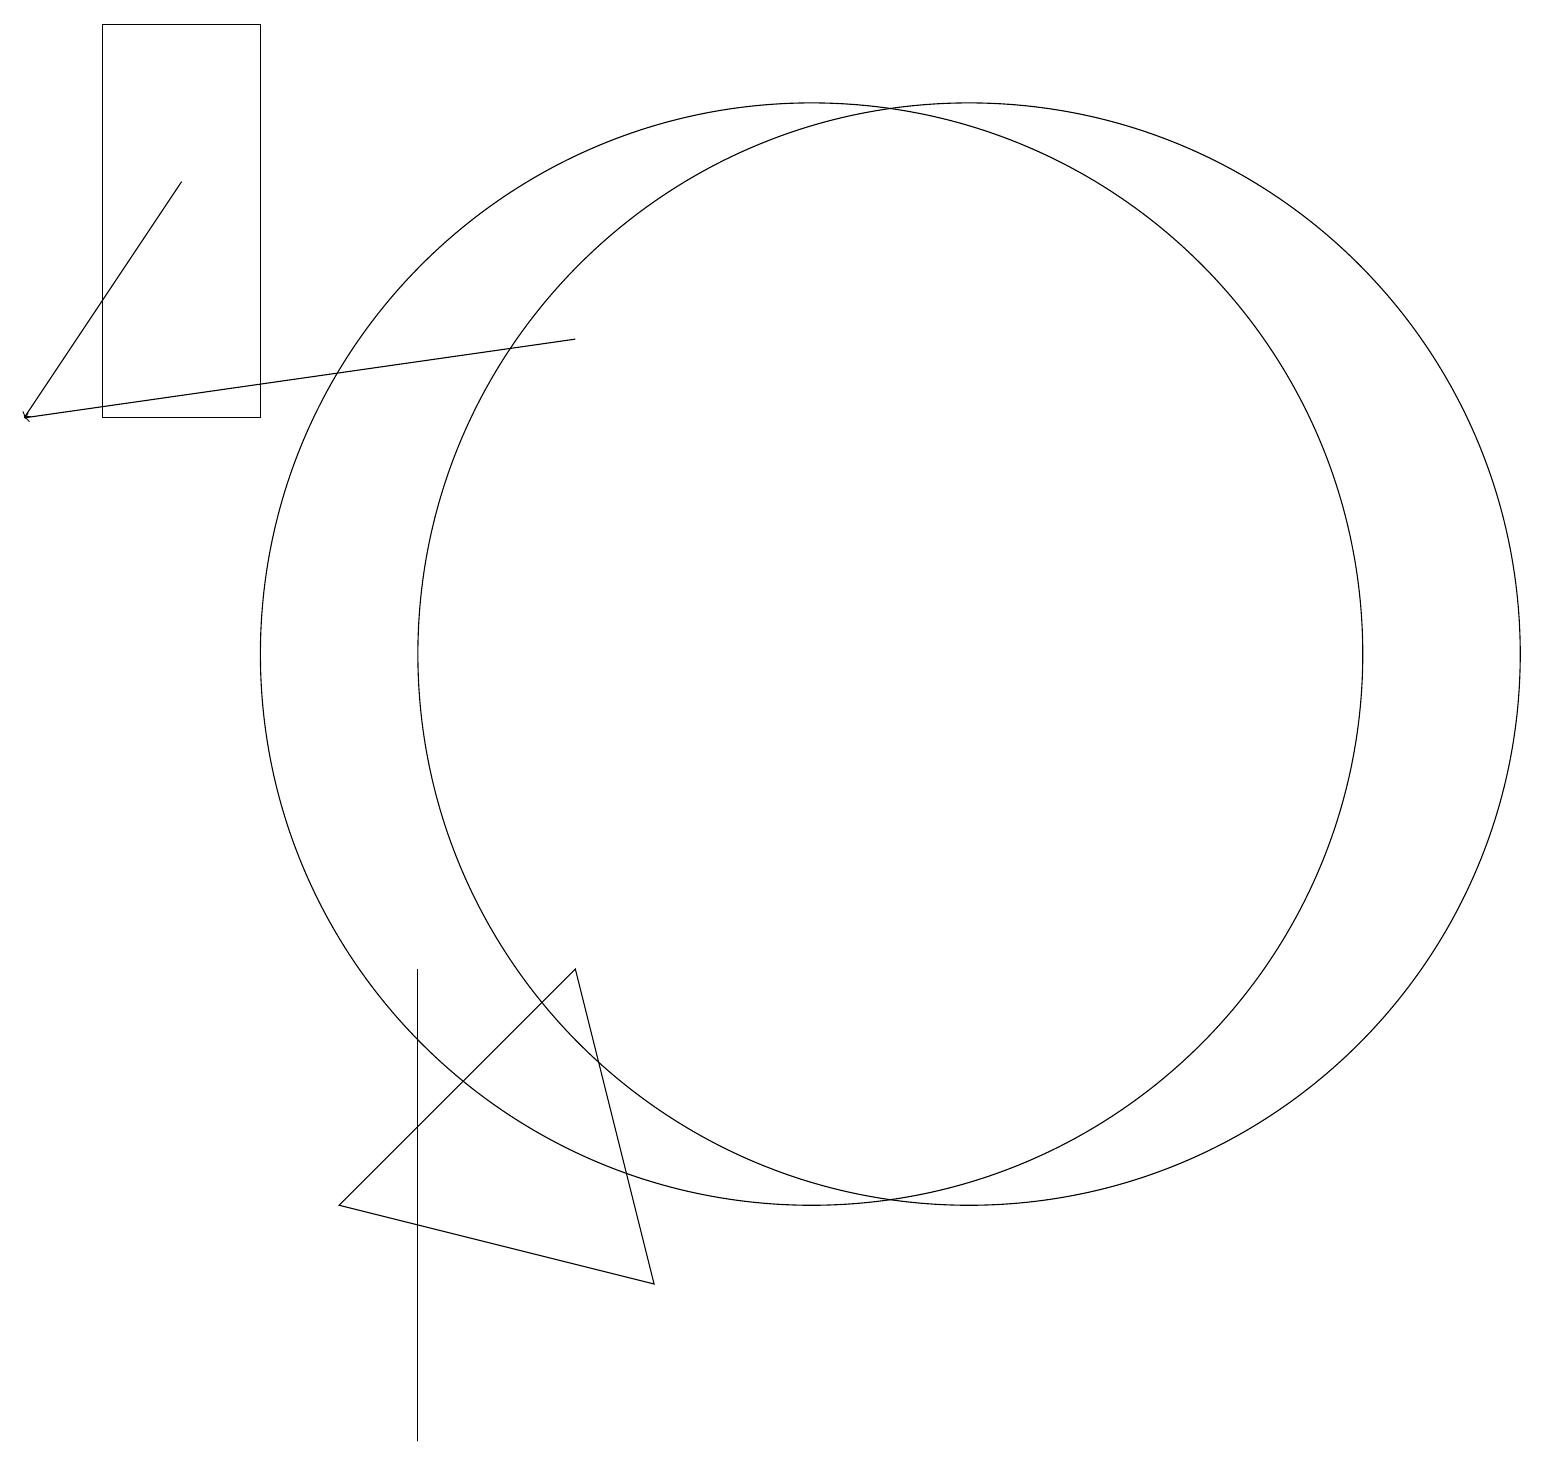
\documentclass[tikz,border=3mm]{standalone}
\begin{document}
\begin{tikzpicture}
\draw[->] (7,15) -- (0,14);
\draw (3,19) rectangle (1,14);
\draw (10,11) circle (7);
\draw (5,1) -- (5,7) -- (5,7) -- cycle;
\draw[->] (2,17) -- (0,14);
\draw (4,4) -- (7,7) -- (8,3) -- cycle;
\draw (12,11) circle (7);
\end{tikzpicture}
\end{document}